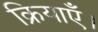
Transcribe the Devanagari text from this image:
क्रियाएँ।